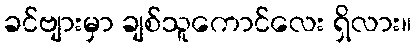
ခင်ဗျားမှာ ချစ်သူကောင်လေး ရှိလား။